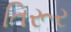
તિરૂર